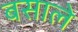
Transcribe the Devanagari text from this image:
बसाले